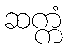
ဆက္ကံ